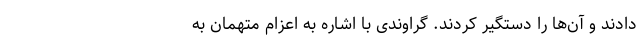
دادند و آن‌ها را دستگیر کردند. گراوندی با اشاره به اعزام متهمان به